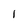
Character: l